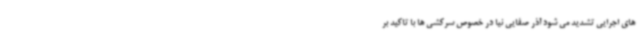
های اجرایی تشدید می شود آذر صفایی نیا در خصوص سرکشی ها با تاکید بر